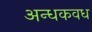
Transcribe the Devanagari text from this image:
अन्धकवध